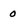
Character: 0